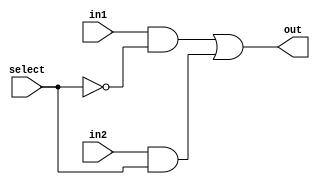
module Mux2To1(out, select, in1, in2);
  input in1, in2, select;
  output  out;
  wire  not_select, a1, a2;
  not g1(not_select, select);
  and g2(a1, in1, not_select);
  and g3(a2, in2, select);
  or  g4(out, a1, a2);
endmodule 

module  Mux8Bit_2To1_generate(out, select, in1, in2);
  input [7:0] in1, in2;
  input select;
  output  [7:0] out;
  genvar  j;
  generate  for(j = 0; j < 8; j = j + 1)  
    begin:  mux_loop
      Mux2To1 Mux(out[j], select, in1[j], in2[j]);
    end
  endgenerate
endmodule

module  TestBench_Mux8Bit_generate;
  reg [7:0] in1, in2;
  reg select;
  wire  [7:0] out;
  Mux8Bit_2To1_generate  Mux(out, select, in1, in2);
  initial begin
    $monitor($time, " Input1 = %b, Input2 = %b, Select = %b, Output = %b.", in1, in2, select, out);
    #0  in1 = 8'b10101010;  in2 = 8'b01010101;  select = 1'b0;
    #100  select  = 1'b1;
    #200  $finish;
  end
endmodule